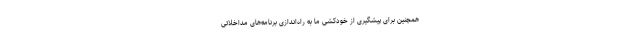
همچنین برای پیشگیری از خودکشی ما به راه‌اندازی برنامه‌های مداخلاتی